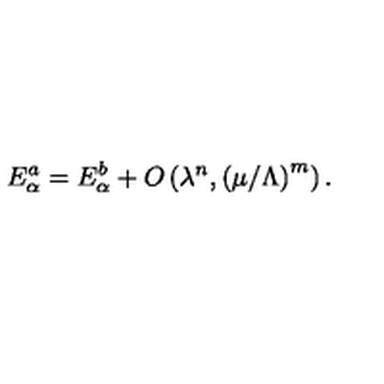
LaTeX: E _ { \alpha } ^ { a } = E _ { \alpha } ^ { b } + O \left( \lambda ^ { n } , \left( { \mu / \Lambda } \right) ^ { m } \right) .